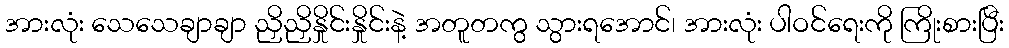
အားလုံး သေသေချာချာ ညှိညှိနှိုင်းနှိုင်းနဲ့ အတူတကွ သွားရအောင်၊ အားလုံး ပါဝင်ရေးကို ကြိုးစားပြီး